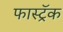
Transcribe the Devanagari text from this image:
फास्ट्रॅक